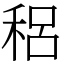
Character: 稆